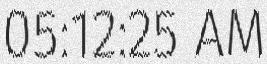
05:12:25 AM